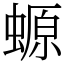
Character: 螈